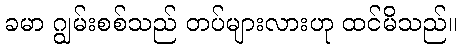
ခမာ ဂျွမ်းစစ်သည် တပ်များလားဟု ထင်မိသည်။